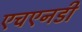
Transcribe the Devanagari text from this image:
एचएनडी